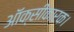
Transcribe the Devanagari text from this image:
ऑक्सीकारक।